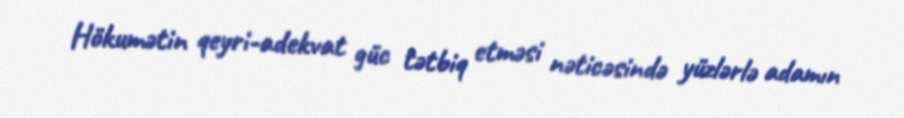
Hökumətin qeyri-adekvat güc tətbiq etməsi nəticəsində yüzlərlə adamın